Indian journal of veterinary science and animal husbandry - Volumes 18-21, 1948-1951
Year: 1948
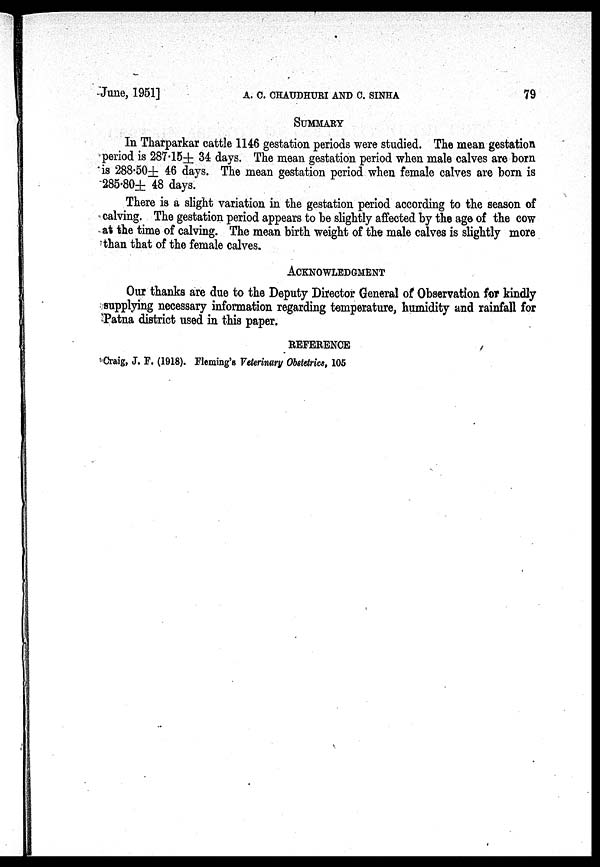
June, 1951]
A.
C.
CHAUDHURI
AND
C.
SINHA
79
SUMMARY
In Tharparkar cattle 1146 gestation periods were studied. The mean gestation
period is 287.15± 34 days. The mean gestation period when male calves are born
is 288.50± 46 days. The mean gestation period when female calves are born is
285.80± 48 days.
There is a slight variation in the gestation period according to the season of
calving. The gestation period appears to be slightly affected by the age of the cow
at the time of calving. The mean birth weight of the male calves is slightly more
than that of the female calves.
ACKNOWLEDGMENT
Our thanks are due to the Deputy Director General of Observation for kindly
supplying necessary information regarding temperature, humidity and rainfall for
Patna district used in this paper.
REFERENCE
Craig, J. F. (1918). Fleming's Veterinary Obstetrics, 105